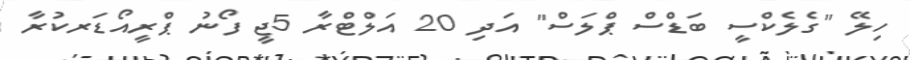
ހިލޭ "ގެލެކްސީ ބަޑްސް ޕްލަސް" އަދި 20 އަލްޓްރާ 5ޖީ ފޯނު ޕްރީއޯޑަރކުރާ